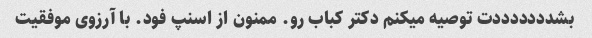
بشدددددددت توصیه میکنم دکتر کباب رو. ممنون از اسنپ فود. با آرزوی موفقیت